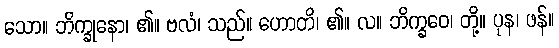
သော။ ဘိက္ခုနော၊ ၏။ ဗလံ၊ သည်။ ဟောတိ၊ ၏။ လ။ ဘိက္ခဝေ၊ တို့။ ပုန၊ ဖန်။